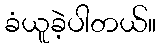
ခံယူခဲ့ပါတယ်။